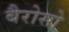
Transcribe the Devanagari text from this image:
बैरोसो